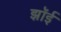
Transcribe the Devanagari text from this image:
झॉई